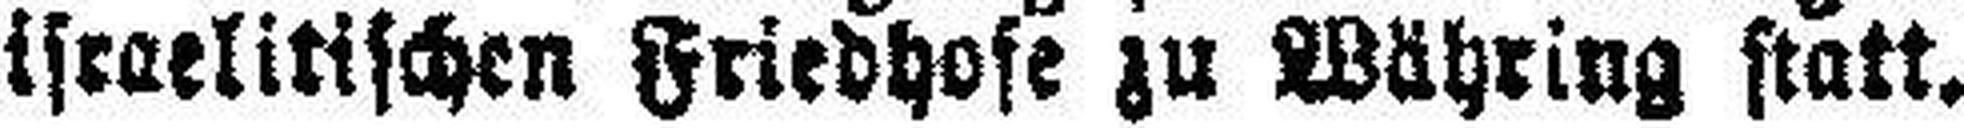
israelitischen Friedhofe zu Währing statt.